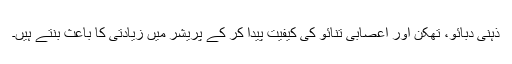
ذہنی دبائو، تھکن اور اعصابی تنائو کی کیفیت پیدا کر کے پریشر میں زیادتی کا باعث بنتے ہیں۔